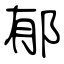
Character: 郁